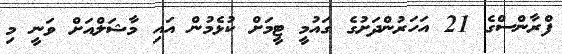
ފްރާންސްގެ 21 އަހަރުންދަށުގެ ގައުމީ ޓީމަށް ކުޅެމުން އައި މާޝަލްއަށް ވަނީ މި